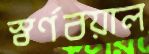
স্বর্ণবয়াল